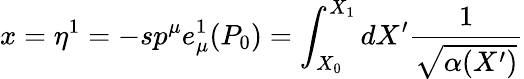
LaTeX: x=\eta^{1}=-sp^{\mu}e_{\mu}^{1}(P_{0})=\int_{X_{0}}^{X_{1}}dX^{\prime}\frac{1}{\sqrt{\alpha(X^{\prime})}}